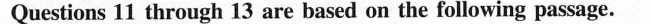
Questions 11 through 13 are based on the following passage.